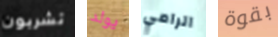
تشربون يولد الرامي بقوة